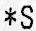
*S